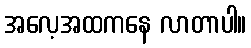
အလေ့အထကနေ လာတာပါ။